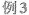
例3